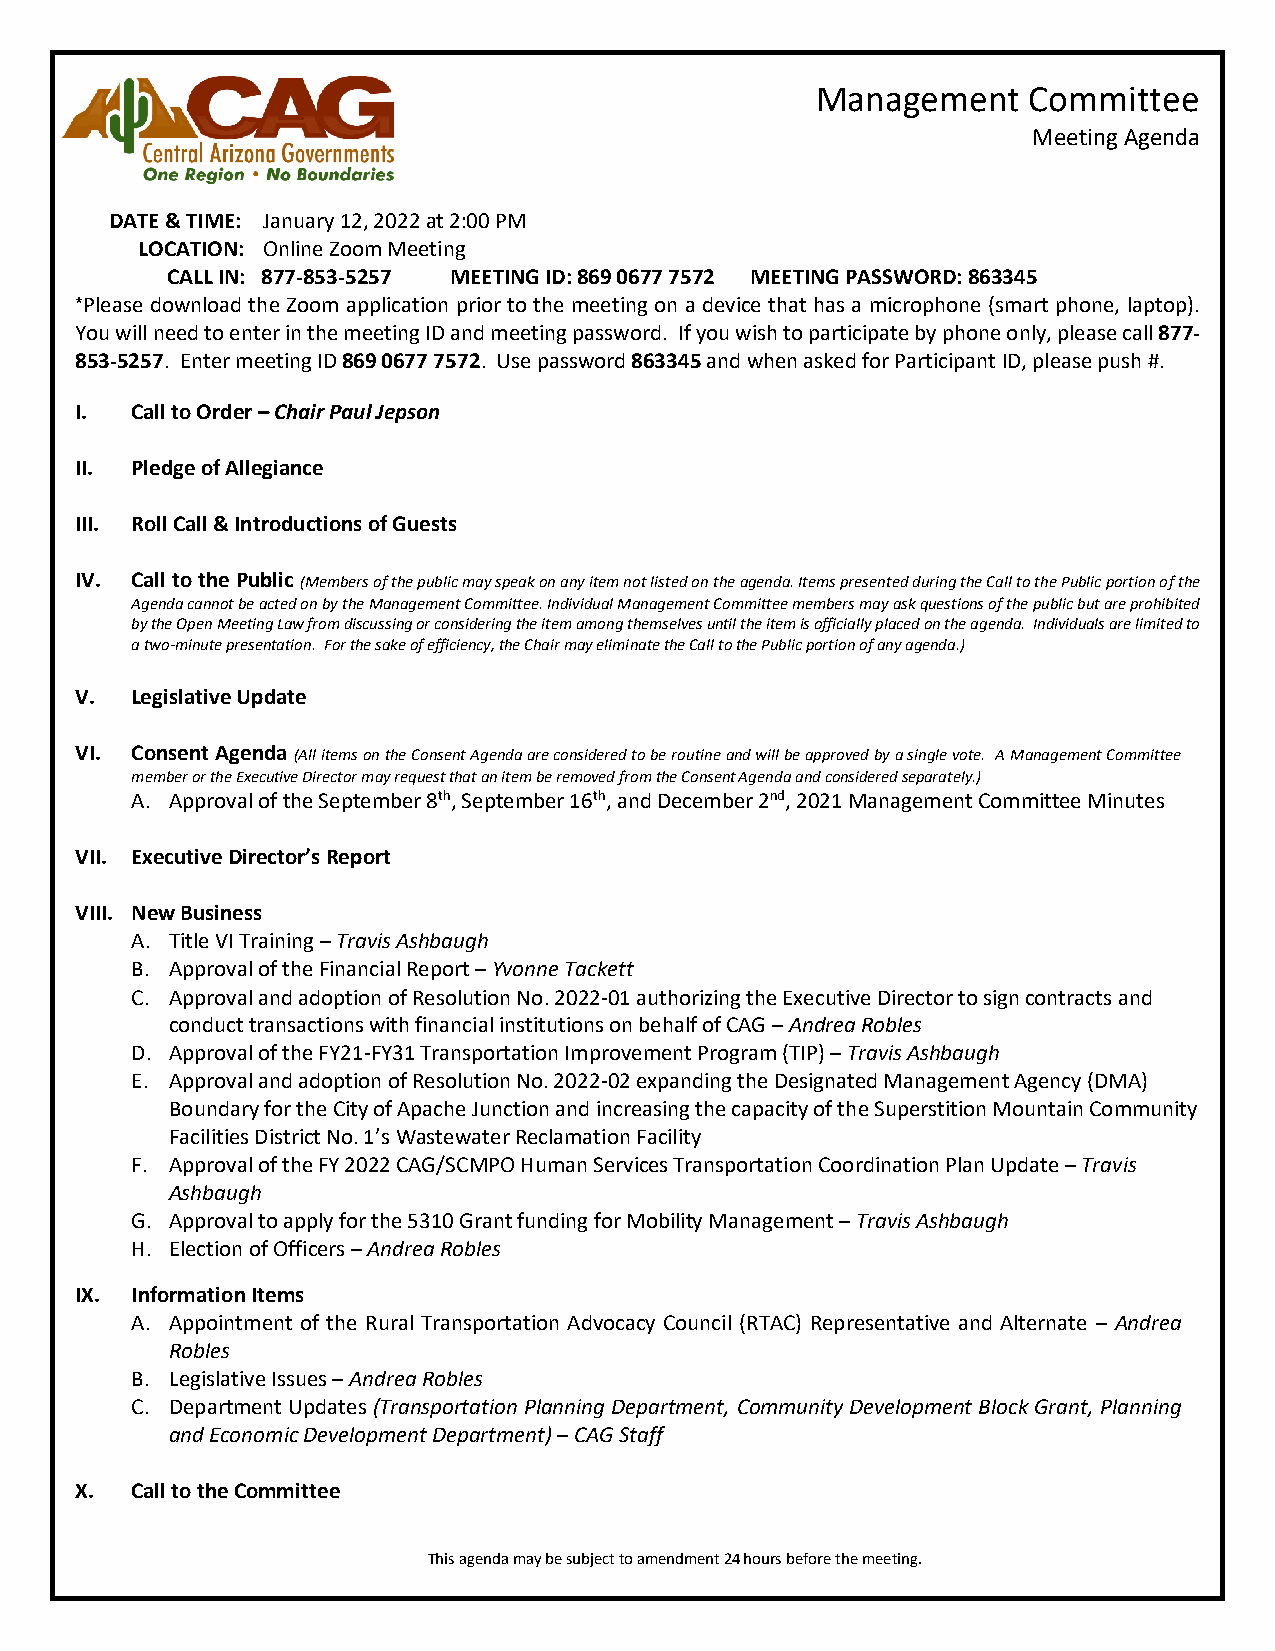
Management    Committee
 Meeting Agenda
 DATE & TIME: January 12, 2022 at 2:00 PM
 LOCATION: Online Zoom Meeting
 CALL IN: 877-853-5257 MEETING ID: 869 0677 7572 MEETING PASSWORD: 863345
 *Please download the Zoom application prior to the meeting on a device that has a microphone (smart phone, laptop).
 You will need to enter in the meeting ID and meeting password. If you wish to participate by phone only, please call 877-
 853-5257. Enter meeting ID 869 0677 7572. Use password 863345 and when asked for Participant ID, please push #.
 I.  Call to Order – Chair Paul Jepson
 II. Pledge of Allegiance
 III. Roll Call & Introductions of Guests
 IV. Call to the Public (Members of the public may speak on any item not listed on the agenda. Items presented during the Call to the Public portion of the
 Agenda cannot be acted on by the Management Committee. Individual Management Committee members may ask questions of the public but are prohibited
 by the Open Meeting Law from discussing or considering the item among themselves until the item is officially placed on the agenda. Individuals are limited to
 a two-minute presentation. For the sake of efficiency, the Chair may eliminate the Call to the Public portion of any agenda.)
 V.  Legislative Update
 VI. Consent Agenda (All items on the Consent Agenda are considered to be routine and will be approved by a single vote. A Management Committee
 member or the Executive Director may request that an item be removed from the Consent Agenda and considered separately.)
 A. Approval of the September 8th, September 16th, and December 2nd, 2021 Management Committee Minutes
 VII. Executive Director’s Report
 VIII. New Business
 A. Title VI Training – Travis Ashbaugh
 B. Approval of the Financial Report – Yvonne Tackett
 C. Approval and adoption of Resolution No. 2022-01 authorizing the Executive Director to sign contracts and
 conduct transactions with financial institutions on behalf of CAG – Andrea Robles
 D. Approval of the FY21-FY31 Transportation Improvement Program (TIP) – Travis Ashbaugh
 E. Approval and adoption of Resolution No. 2022-02 expanding the Designated Management Agency (DMA)
 Boundary for the City of Apache Junction and increasing the capacity of the Superstition Mountain Community
 Facilities District No. 1’s Wastewater Reclamation Facility
 F. Approval of the FY 2022 CAG/SCMPO Human Services Transportation Coordination Plan Update – Travis
 Ashbaugh
 G. Approval to apply for the 5310 Grant funding for Mobility Management – Travis Ashbaugh
 H. Election of Officers – Andrea Robles
 IX. Information Items
 A. Appointment of the Rural Transportation Advocacy Council (RTAC) Representative and Alternate – Andrea
 Robles
 B. Legislative Issues – Andrea Robles
 C. Department Updates (Transportation Planning Department, Community Development Block Grant, Planning
 and Economic Development Department) – CAG Staff
 X.  Call to the Committee
 This agenda may be subject to amendment 24 hours before the meeting.